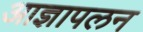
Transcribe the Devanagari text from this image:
आज्ञापलन